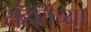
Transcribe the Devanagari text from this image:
संहंतिंच्या